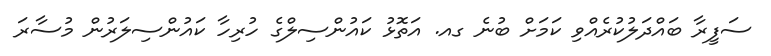
ސަފީރާ ބައްދަލުކުރެއްވި ކަމަށް ބުނެ ގއ. އަތޮޅު ކައުންސިލްގެ ހުރިހާ ކައުންސިލަރުން މުސާރަ